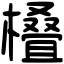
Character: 𣜖